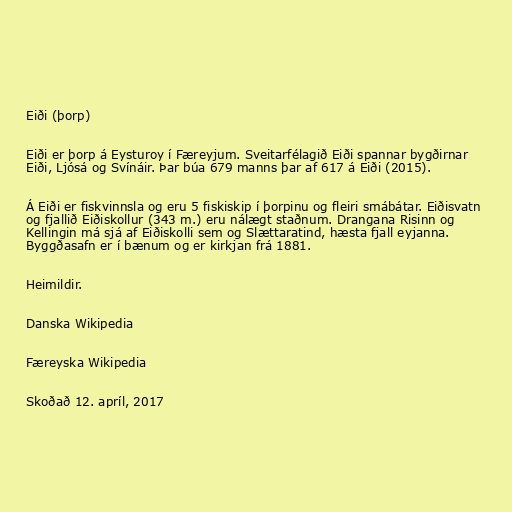
Eiði (þorp)

Eiði er þorp á Eysturoy í Færeyjum. Sveitarfélagið Eiði spannar bygðirnar
Eiði, Ljósá og Svínáir. Þar búa 679 manns þar af 617 á Eiði (2015).

Á Eiði er fiskvinnsla og eru 5 fiskiskip í þorpinu og fleiri smábátar. Eiðisvatn
og fjallið Eiðiskollur (343 m.) eru nálægt staðnum. Drangana Risinn og
Kellingin má sjá af Eiðiskolli sem og Slættaratind, hæsta fjall eyjanna.
Byggðasafn er í bænum og er kirkjan frá 1881.

Heimildir.

Danska Wikipedia

Færeyska Wikipedia

Skoðað 12. apríl, 2017